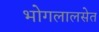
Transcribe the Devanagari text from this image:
भोगलालसेत